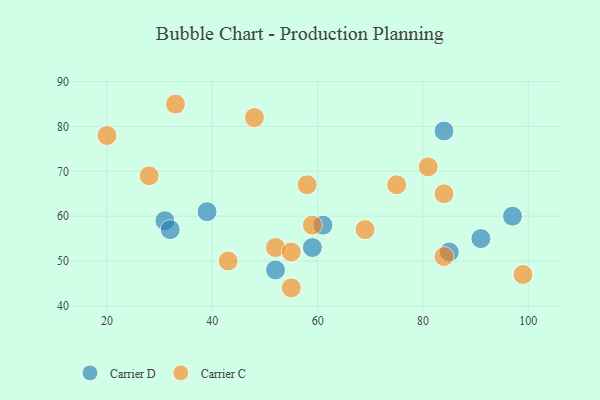
{"axis": {"x": "GDP", "y": "Life Expectancy"}, "legend": ["Carrier C", "Carrier D"], "data": [{"x": "61", "y": 58, "type": "Carrier D"}, {"x": "59", "y": 53, "type": "Carrier D"}, {"x": "85", "y": 52, "type": "Carrier D"}, {"x": "52", "y": 48, "type": "Carrier D"}, {"x": "31", "y": 59, "type": "Carrier D"}, {"x": "97", "y": 60, "type": "Carrier D"}, {"x": "39", "y": 61, "type": "Carrier D"}, {"x": "32", "y": 57, "type": "Carrier D"}, {"x": "91", "y": 55, "type": "Carrier D"}, {"x": "84", "y": 79, "type": "Carrier D"}, {"x": "69", "y": 57, "type": "Carrier C"}, {"x": "20", "y": 78, "type": "Carrier C"}, {"x": "81", "y": 71, "type": "Carrier C"}, {"x": "43", "y": 50, "type": "Carrier C"}, {"x": "84", "y": 65, "type": "Carrier C"}, {"x": "52", "y": 53, "type": "Carrier C"}, {"x": "75", "y": 67, "type": "Carrier C"}, {"x": "55", "y": 44, "type": "Carrier C"}, {"x": "58", "y": 67, "type": "Carrier C"}, {"x": "28", "y": 69, "type": "Carrier C"}, {"x": "48", "y": 82, "type": "Carrier C"}, {"x": "33", "y": 85, "type": "Carrier C"}, {"x": "59", "y": 58, "type": "Carrier C"}, {"x": "55", "y": 52, "type": "Carrier C"}, {"x": "99", "y": 47, "type": "Carrier C"}, {"x": "84", "y": 51, "type": "Carrier C"}]}